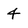
Character: 4